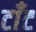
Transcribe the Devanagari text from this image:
टाँट